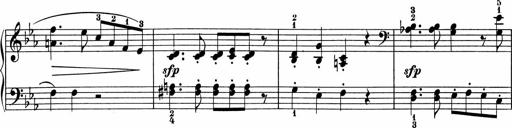
Title: 5 Sonatinen fÃ¼r die Jugend
Composer: Carl Reinecke